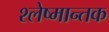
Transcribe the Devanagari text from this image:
श्‍लेष्मान्तक